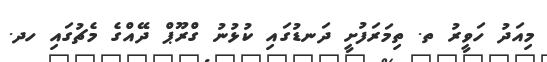
މިއަދު ހަވީރު ތ. ތިމަރަފުށީ ދަނޑުގައި ކުޅުނު ގްރޫޕް ދޭއްގެ މެޗުގައި ހދ.